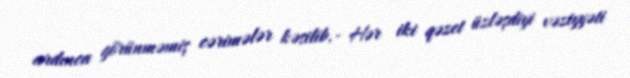
ardınca görünməmiş cərimələr kəsilib.- Hər iki qəzet üzləşdiyi vəziyyəti